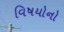
વિષયોનો